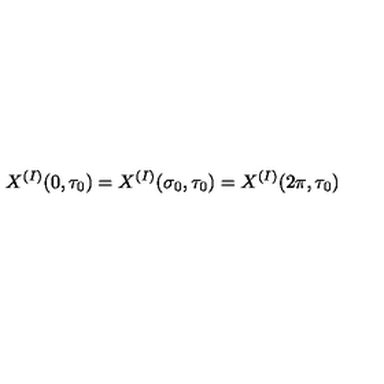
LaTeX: X ^ { ( I ) } ( 0 , \tau _ { 0 } ) = X ^ { ( I ) } ( \sigma _ { 0 } , \tau _ { 0 } ) = X ^ { ( I ) } ( 2 \pi , \tau _ { 0 } )